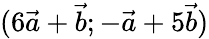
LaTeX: (6\vec{a}+\vec{b};-\vec{a}+5\vec{b})